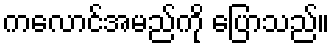
ကလောင်အမည်ကို ပြောသည်။